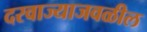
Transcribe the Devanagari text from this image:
दरवाज्याजवळील